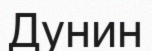
Дунин